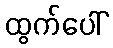
ထွက်ပေါ်